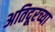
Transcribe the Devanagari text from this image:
अतिदूरच्या